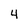
Character: 4